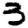
Digit: 3